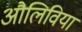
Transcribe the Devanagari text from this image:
औलिविया